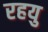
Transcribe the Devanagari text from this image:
रहयु